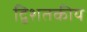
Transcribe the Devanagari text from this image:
द्विशतकीय